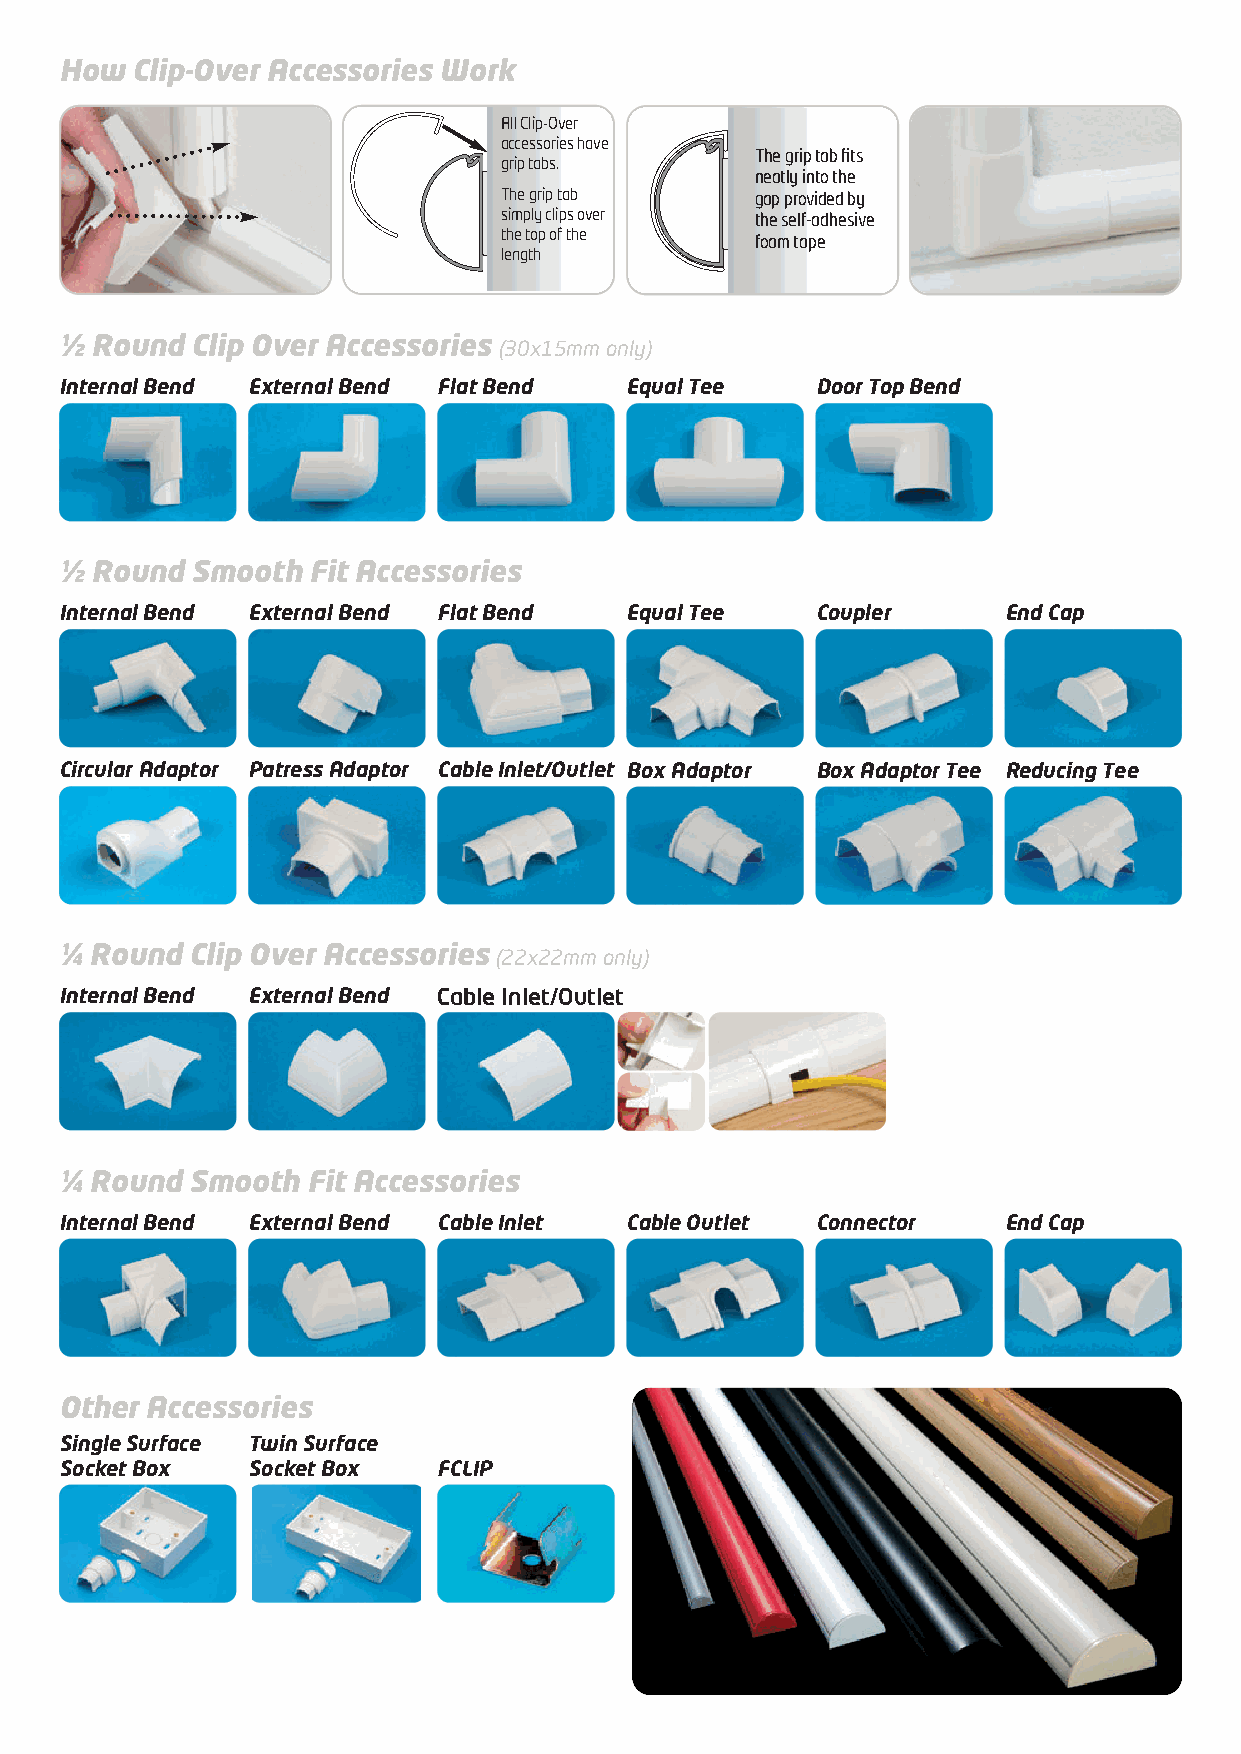
Size/Colour Guide_Layout 1 14/10/2014 10:28 Page 2
 How Clip-Over Accessories Work
 All Clip-Over
 accessories have
 The grip tab fits
 grip tabs.
 neatly into the
 The grip tab     gap provided by
 simply clips over the self-adhesive
 the top of the
 foam tape
 length
 ½ Round Clip Over Accessories
 (30x15mm only)
 Internal Bend External Bend Flat Bend Equal Tee   Door Top Bend
 ½ Round Smooth  Fit Accessories
 Internal Bend External Bend Flat Bend Equal Tee   Coupler     End Cap
 Circular Adaptor Patress Adaptor Cable Inlet/Outlet Box Adaptor Box Adaptor Tee Reducing Tee
 ¼ Round Clip Over Accessories
 (22x22mm only)
 Internal Bend External Bend Cable Inlet/Outlet
 ¼ Round Smooth  Fit Accessories
 Internal Bend External Bend Cable Inlet Cable Outlet Connector End Cap
 Other Accessories
 Single Surface Twin Surface
 Socket Box  Socket Box   FCLIP